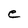
Character: e